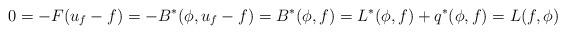
LaTeX: \begin{align*} 0 = -F(u_f-f) = -B^*(\phi,u_f-f) = B^*(\phi,f) = L^*(\phi,f) + q^*(\phi,f) = L(f,\phi)\end{align*}